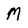
Character: M